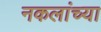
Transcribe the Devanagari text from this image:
नकलांच्या